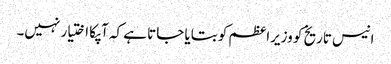
انیس تاریخ کو وزیراعظم کو بتایا جاتا ہے کہ آپکا اختیار نہیں۔